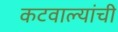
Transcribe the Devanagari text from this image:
कटवाल्यांची